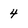
Character: 4